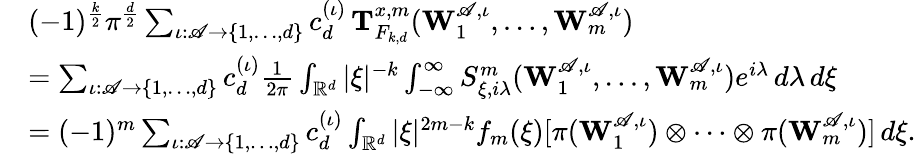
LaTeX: \begin{array}{rl}&{(-1)^{\frac{k}{2}}\pi^{\frac{d}{2}}\sum_{\iota:\mathscr{A}\to\{ 1,\ldots,d\} }c_{d}^{(\iota)}\, \mathbf T_{F_{k,d}}^{x,m}(\mathbf W_{1}^{\mathscr{A},\iota},\ldots,\mathbf W_{m}^{\mathscr{A},\iota})}\\ &{=\sum_{\iota:\mathscr{A}\to\{ 1,\ldots,d\} }c_{d}^{(\iota)}\frac{1}{2\pi}\int_{\mathbb R^{d}}|\xi|^{-k}\int_{-\infty}^{\infty}S_{\xi,i\lambda}^{m}(\mathbf W_{1}^{\mathscr{A},\iota},\ldots,\mathbf W_{m}^{\mathscr{A},\iota})e^{i\lambda}\, d\lambda\, d\xi}\\ &{=(-1)^{m}\sum_{\iota:\mathscr{A}\to\{ 1,\ldots,d\} }c_{d}^{(\iota)}\int_{\mathbb R^{d}}|\xi|^{2m-k}f_{m}(\xi)[\pi(\mathbf W_{1}^{\mathscr{A},\iota})\otimes\cdots\otimes\pi(\mathbf W_{m}^{\mathscr{A},\iota})]\, d\xi.}\end{array}